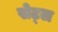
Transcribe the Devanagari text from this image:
सेट्ल